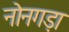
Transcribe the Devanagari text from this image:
नोनगड़ा